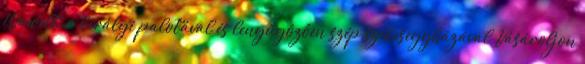
Wawelt, a királyi palotával és lenyűgözően szép székesegyházával Vásároljon